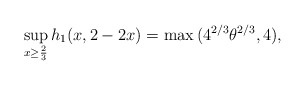
\begin{align*} \sup_{x \geq \frac{2}{3}}{h_1(x,2-2x)}=\max{(4^{2/3}\theta^{2/3},4)},\end{align*}